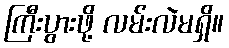
ကြီးပွားဖို့ လမ်းလဲမရှိ။